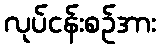
လုပ်ငန်းစဉ်အား